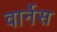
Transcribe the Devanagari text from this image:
वार्नेस